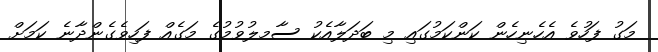
މަގު ފަހުވެ އެހެނިހެން ކަންކަމުގައި މި ބަދަލާއެކު ސާމލުވުމުގެ މަގެއް ފަހިވެގެންދާނެ ކަމަށް